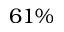
6 1 \%